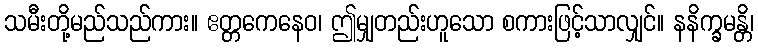
သမီးတို့မည်သည်ကား။ ဧတ္တကေနေဝ၊ ဤမျှတည်းဟူသော စကားဖြင့်သာလျှင်။ နနိက္ခမန္တိ၊